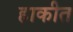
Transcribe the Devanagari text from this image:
हाकीत